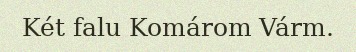
Két falu Komárom Várm.